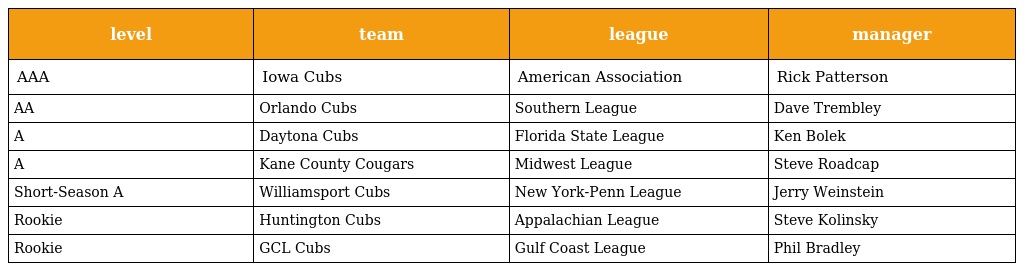
| level | team | league | manager |
 | --- | --- | --- | --- |
 | AAA | Iowa Cubs | American Association | Rick Patterson |
 | AA | Orlando Cubs | Southern League | Dave Trembley |
 | A | Daytona Cubs | Florida State League | Ken Bolek |
 | A | Kane County Cougars | Midwest League | Steve Roadcap |
 | Short-Season A | Williamsport Cubs | New York-Penn League | Jerry Weinstein |
 | Rookie | Huntington Cubs | Appalachian League | Steve Kolinsky |
 | Rookie | GCL Cubs | Gulf Coast League | Phil Bradley |